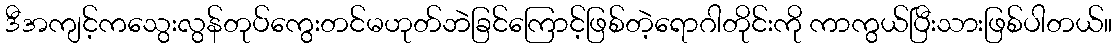
ဒီအကျင့်ကသွေးလွန်တုပ်ကွေးတင်မဟုတ်ဘဲခြင်ကြောင့်ဖြစ်တဲ့ရောဂါတိုင်းကို ကာကွယ်ပြီးသားဖြစ်ပါတယ်။